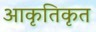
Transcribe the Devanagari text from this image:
आकृतिकृत